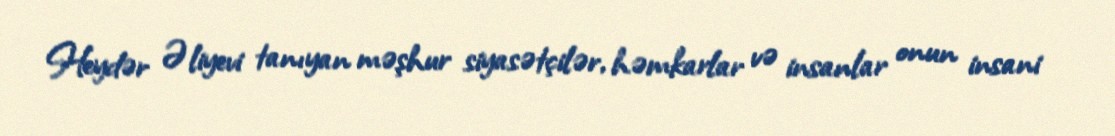
Heydər Əliyevi tanıyan məşhur siyasətçilər, həmkarlar və insanlar onun insani